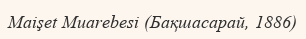
Maişet Muarebesi (Бақшасарай, 1886)